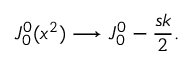
J _ { 0 } ^ { 0 } ( x ^ { 2 } ) \longrightarrow J _ { 0 } ^ { 0 } - { \frac { s k } { 2 } } .